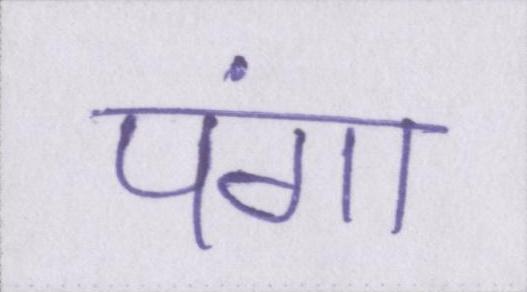
पंगा